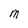
Character: M